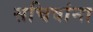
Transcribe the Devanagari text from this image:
सचिवांना